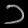
Digit: ၁